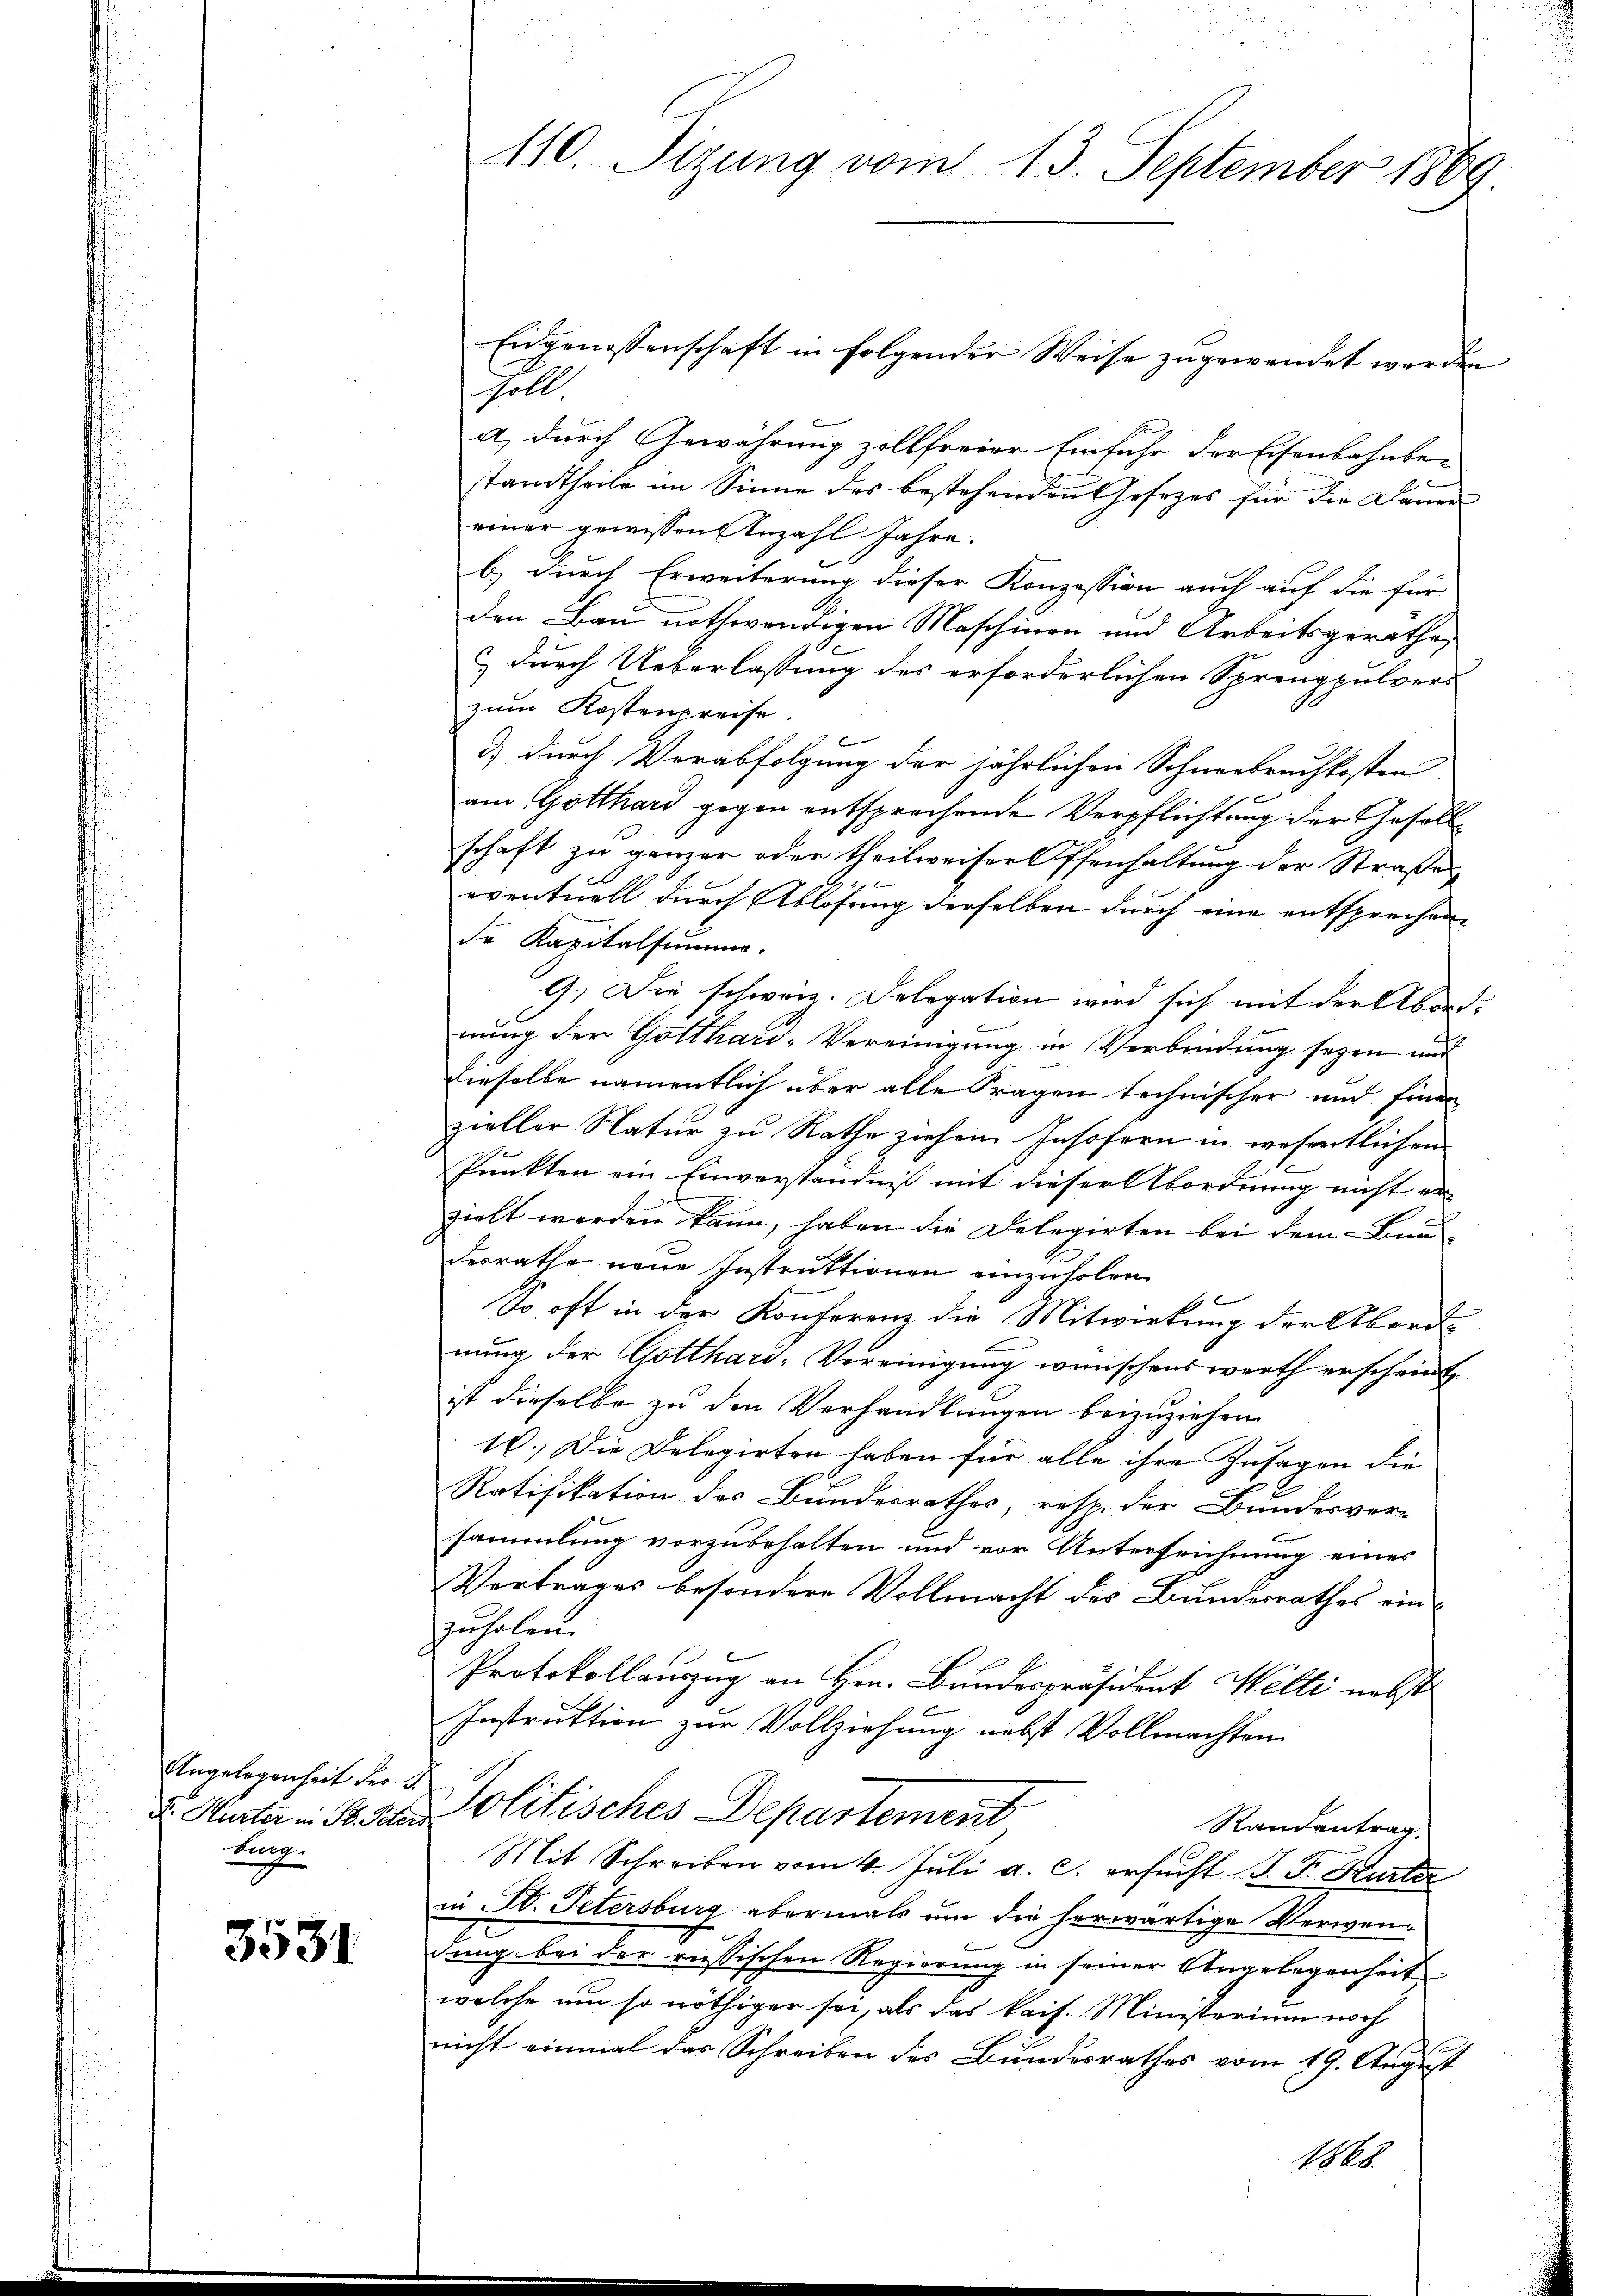
Angelegenheit der 4.
tung

3531

110. Sizung vom 13. September 1869.

Eidgenossenschaft in folgender Weise zugewendet werden
Goll
a) durch Gewährung zollfreier Einfuhr der Eisenbahnbe-
standtheile im Sinne des bestehenden Gesezes für die Dauer
einer gewissen Anzahl Jahre.
b) durch Erweiterung dieser Konzession auch auf die für
den Bau nothwendigen Maschinen und Arbeitsgerathes
) durch Ueberlassung des erforderlichen Sprengpulvers
zum Kostenpreise.
d) durch Verabfolgung der jährlichen Schneebrachkosten
am Gotthard gegen entsprechende Verpflichtung der Gesellschaft zu ganzer oder theilweiser Offenhaltung der Straße
eventuell durch Ablösung derselben durch eine entsprechen
de Kapitalsumme.
9.) Die schweiz. Delegation wird sich mit der Abord-
nung der Gotthard-Vereinigung in Verbindung seyen und
dieselbe namentlich über alle Fragen technischer und finan
zieller Natur zu Rathe ziehen Insofern in wesentlichen
Punkten ein Einverständniß mit dieser Abordnung nicht erzielt werden kann, haben die Delegirten bei dem Bundesrathe neue Instruktionen einzuholen.
f
So oft in der Konferenz die Mitwirkung der Abord-
nung der Gotthard-Vereinigung wünschenswerth erscheint
ist dieselbe zu den Verhandlungen beizuziehen.
10.) Die Delegirten haben für alle ihre Zusagen die
Ratifikation des Bundesrathes, resp. der Bundesver-
sammlung vorzubehalten und vor Unterzeichnung eines
Vertrages besondere Vollmacht des Bundesrathes einzuholen.
Protokollauszug an Hrn. Bundespräsident Welti nebst
Instruktion zur Vollziehung nebst Vollmachten
u. Hurter in S. den olitisches Departement,
Randantrag
Mit Schreiben vom 4. Juli a. c. ersucht J. F. Kurter
in St. Petersburg abermals um die herwärtige Verwendung bei der russischen Regierung in seiner Angelegenheit
welche um so nöthiger sei, als das kais. Ministerium noch
nicht einmal das Schreiben des Bundesrathes vom 19. August
1868.